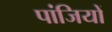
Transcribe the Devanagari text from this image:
पांजियों